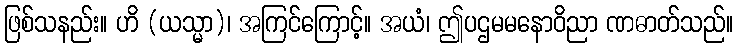
ဖြစ်သနည်း။ ဟိ (ယသ္မာ)၊ အကြင်ကြောင့်။ အယံ၊ ဤပဌမမနောဝိညာ ဏဓာတ်သည်။